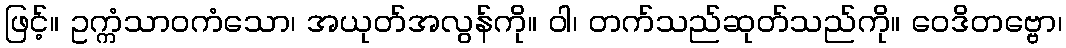
ဖြင့်။ ဥက္ကံသာဝကံသော၊ အယုတ်အလွန်ကို။ ဝါ၊ တက်သည်ဆုတ်သည်ကို။ ဝေဒိတဗ္ဗော၊